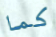
كما